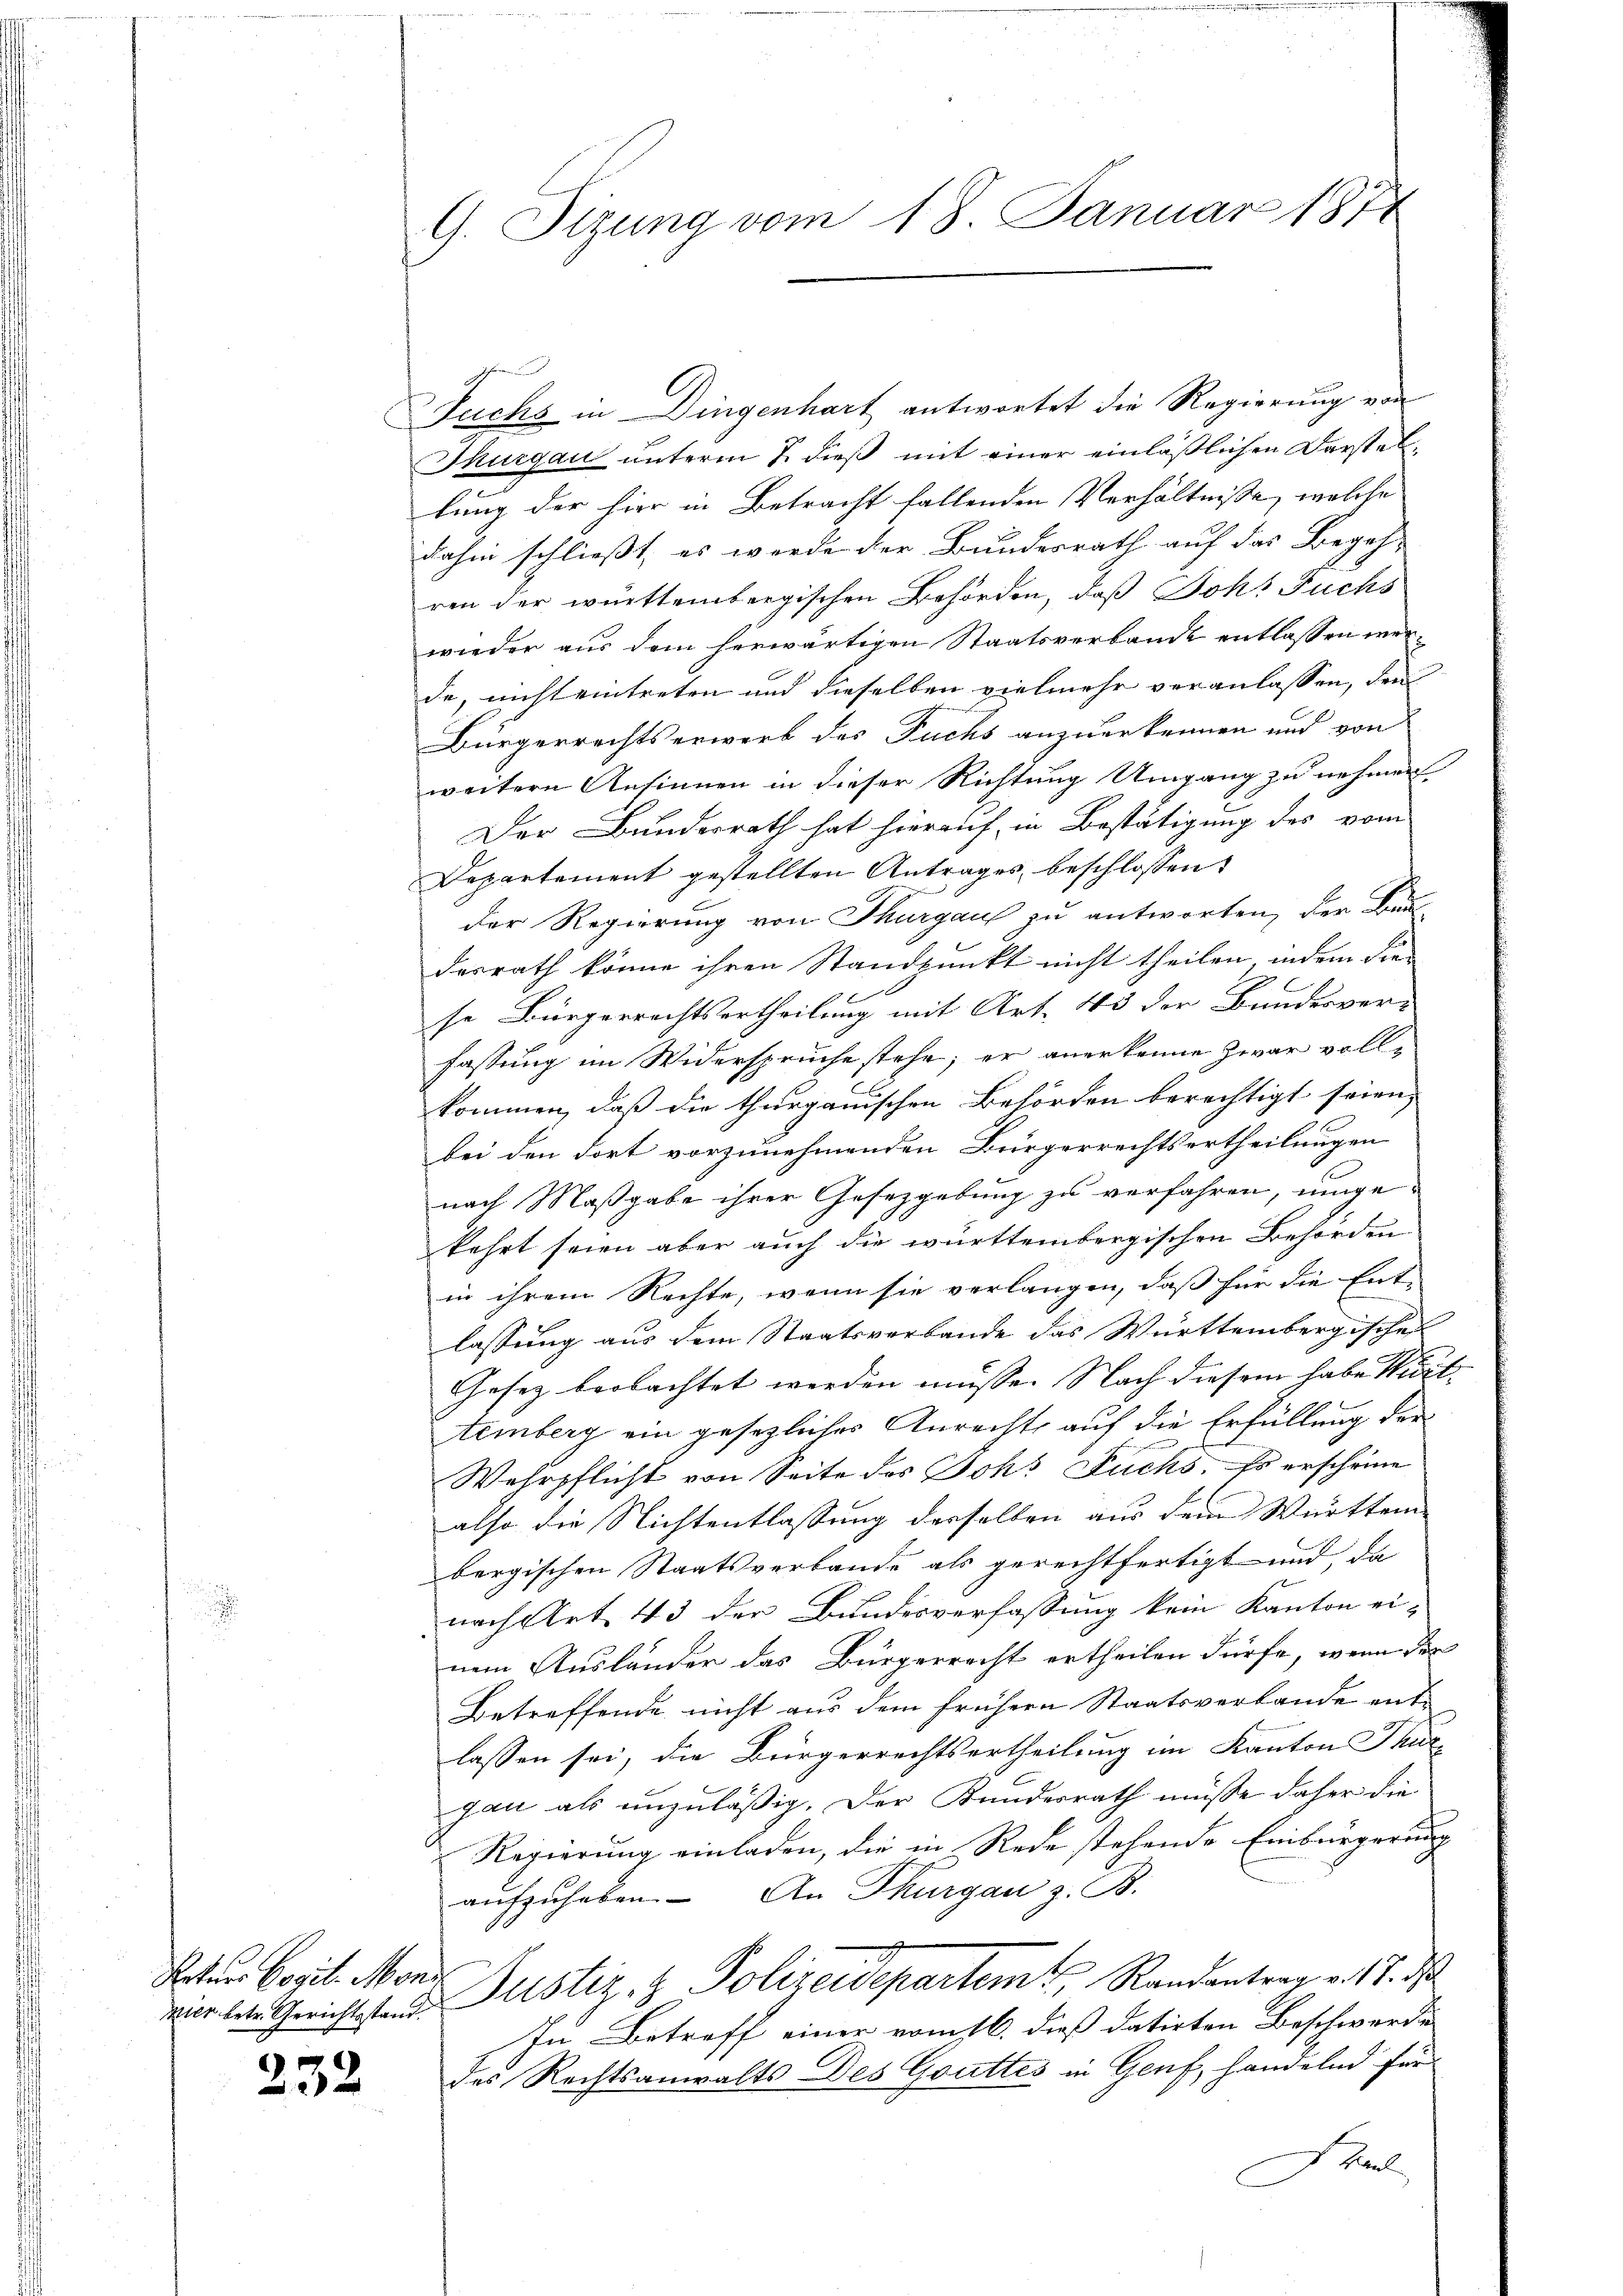
Vaters Cogit. Moni

232

Fuchs in Dingenhart antwortet die Regierung von
Thurgau unterm 7. dieß mit einer einläßlichen Darstellung der hier in Betracht fallenden Verhältnisse, welche
dahin schließt, es werde der Bundesrath auf das Begeh-
ren der württembergischen Behörden, daß Joh. Fuchs
wieder aus dem herwärtigen Staatsverbande entlassen werde, nicht eintreten und dieselben vielmehr veranlassen, den
Bürgerrechtserwerb des Fuchs anzuerkennen und von
weitern Ansinnen in dieser Richtung Umgang zu nehmen.
Der Bundesrath hat hierauf, in Bestätigung des vom
Departement gestellten Antrages beschlossen:
der Regierung von Thurgaus zu antworten, der Baudesrath könne ihren Standpunkt nicht theilen, indem die
se Bürgerrechtsertheilung mit Art. 43 der Bundesver-
fassung im Widersprüche stehe; er anerkenne zwar vollkommen, daß die thurgauischen Behörden berechtigt seien,
bei den dort vorzunehmenden Bürgerrechtsertheilungen
nach Maßgabe ihrer Gesetzgebung zu verfahren, umge-
kehrt seien aber auch die württembergischen Behörden
in ihrem Rechte, wenn sie verlangen, daß für die Ent-
lassung aus dem Staatsverbande das Württembergischef
Gesetz beobachtet werden müsse. Nach diesem habe Muttemberg ein gesezliches Anrechts auf die Erfüllung der
Wehrpflicht von Seite des Johs Fuchs. Es erscheine
also die Nichtentlassung derselben aus dem Württem-
bergischen Staatsverbande als gerechtfertigt und da
nach Art. 43 der Bundesverfassung kein Kanton einem Ausländer das Bürgerrecht ertheilen dürfe, wenn der
Betreffende nicht aus dem frühern Staatsverlande entlassen sei, die Bürgerrechtsertheilung im Kantons Thur-
gau als unzuläßig. Der Kundesrath müsse daher die
Regierung einladen, die in Rede stehende Einbürgerung
aufzuheben. An Thurgau z. B.
vier den Gerichtstande Justiz- & Polizeidepartem Randantrag v. 18. ds
In Betreff einer vom 16. dieß datirten Beschwerde
des Rechtsanwalts Des Gottes in Genf, handelnd für
Schaul

G. Tizung vom 18. Januar 1874